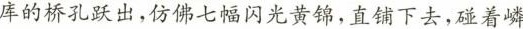
库的桥孔跃出，仿佛七幅闪光黄锦，直铺下去，碰着嶙